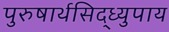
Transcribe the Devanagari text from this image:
पुरुषार्थसिद्ध्युपाय